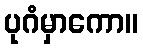
ပုဂံမှာကော။